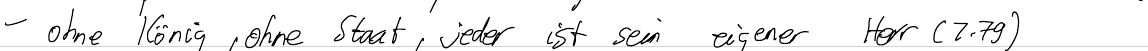
- ohne König, ohne Staat, jeder ist sein eigener Herr (Z.79)